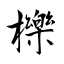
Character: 櫟